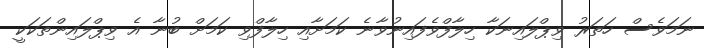
ނަމަވެސް ހަތަރު ވިޕްލައިނަކާ ހިލާފްވެފައިނުވާނެ ކަމަށާއި ހިލާފްވި ކަމަށް ބުނާ އެ ވިޕްލައިންތަކަކީ